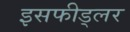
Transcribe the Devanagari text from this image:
इसफीड्लर